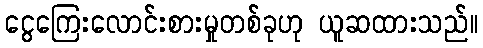
ငွေကြေးလောင်းစားမှုတစ်ခုဟု ယူဆထားသည်။